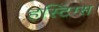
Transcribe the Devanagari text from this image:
हस्टिंग्स